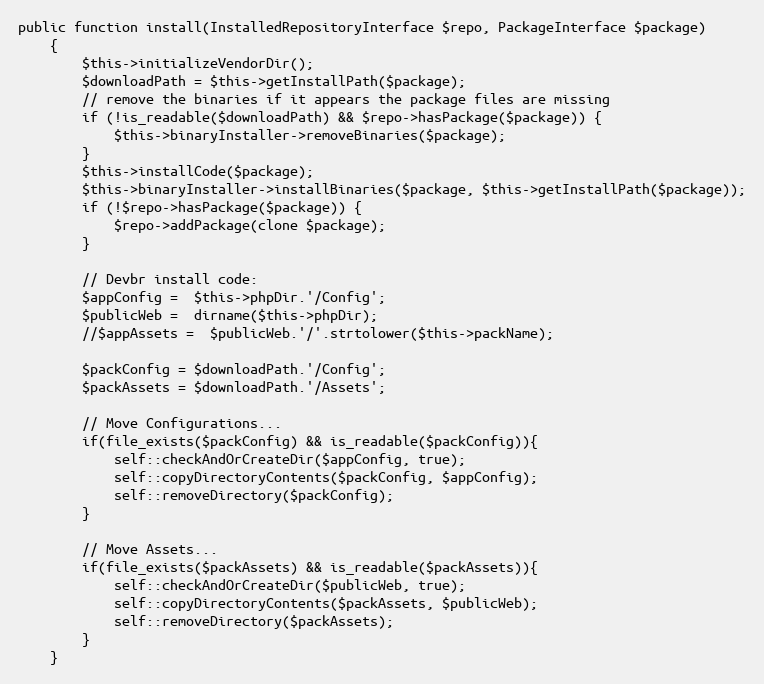
Language: PHP
public function install(InstalledRepositoryInterface $repo, PackageInterface $package)
    {
        $this->initializeVendorDir();
        $downloadPath = $this->getInstallPath($package);
        // remove the binaries if it appears the package files are missing
        if (!is_readable($downloadPath) && $repo->hasPackage($package)) {
            $this->binaryInstaller->removeBinaries($package);
        }
        $this->installCode($package);
        $this->binaryInstaller->installBinaries($package, $this->getInstallPath($package));
        if (!$repo->hasPackage($package)) {
            $repo->addPackage(clone $package);
        }

        // Devbr install code:
        $appConfig =  $this->phpDir.'/Config';
        $publicWeb =  dirname($this->phpDir);
        //$appAssets =  $publicWeb.'/'.strtolower($this->packName);

        $packConfig = $downloadPath.'/Config';
        $packAssets = $downloadPath.'/Assets';

        // Move Configurations...
        if(file_exists($packConfig) && is_readable($packConfig)){
            self::checkAndOrCreateDir($appConfig, true);
            self::copyDirectoryContents($packConfig, $appConfig);
            self::removeDirectory($packConfig);
        }

        // Move Assets...
        if(file_exists($packAssets) && is_readable($packAssets)){
            self::checkAndOrCreateDir($publicWeb, true);
            self::copyDirectoryContents($packAssets, $publicWeb);
            self::removeDirectory($packAssets);
        }
    }